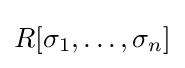
R[\sigma _{1},\ldots ,\sigma _{n}]